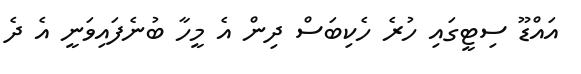
އައްޑޫ ސިޓީގައި ހުރެ ހެކިބަސް ދިން އެ މީހާ ބުނެފައިވަނީ އެ ދެ